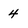
Character: 4